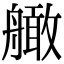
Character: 𦪧